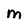
Character: M